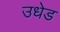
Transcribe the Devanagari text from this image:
उधेड